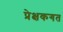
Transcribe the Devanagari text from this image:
प्रेक्षकगत